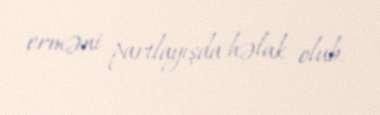
erməni partlayışda həlak olub.